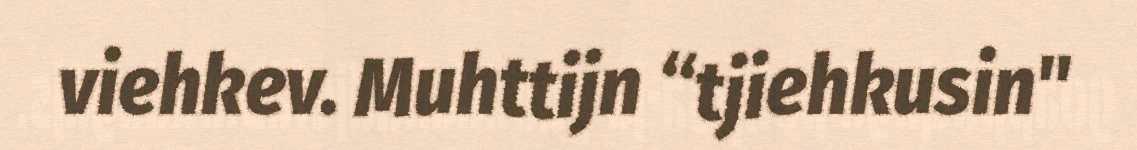
viehkev. Muhttijn “tjiehkusin"